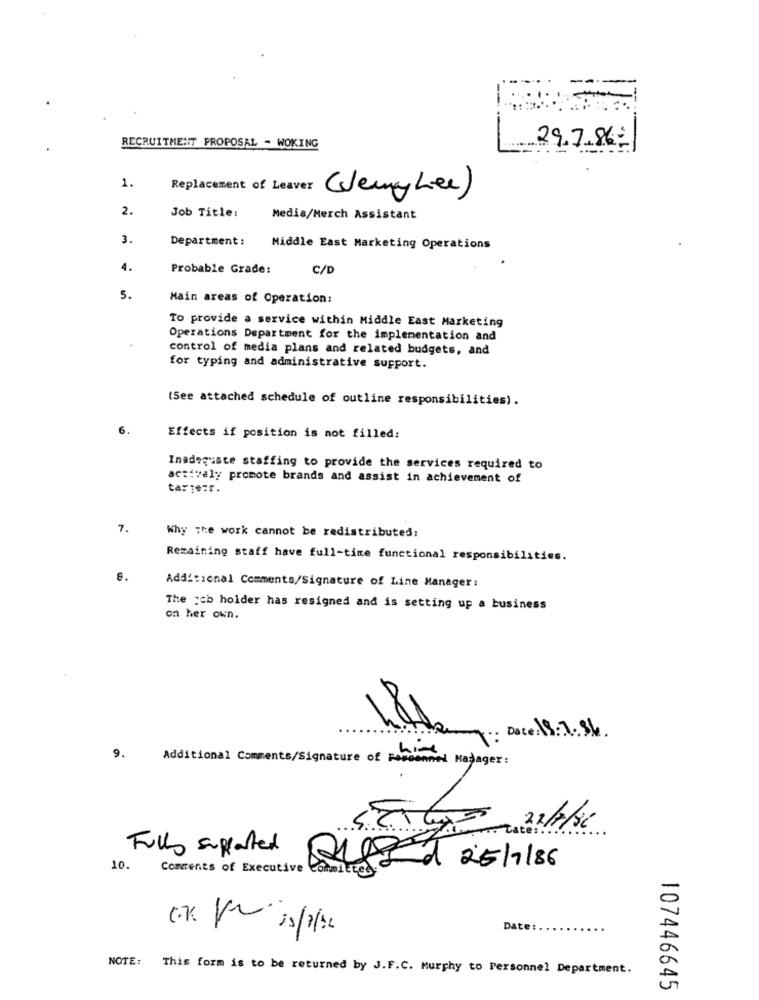
RECRUITMENT PROPOSAL - WOKING
29.7.86
1.
Replacement of Leaver
(Jerry Lee )
2.
Job Title:
Media/Merch Assistant
3.
Department: Middle East Marketing Operations
4.
Probable Grade:
C/D
5.
Main areas of Operation:
To provide a service within Middle East Marketing
Operations Department for the implementation and
control of media plans and related budgets, and
for typing and administrative support.
(See attached schedule of outline responsibilities).
6.
Effects if position is not filled:
Inadequate staffing to provide the services required to
actively promote brands and assist in achievement of
tarje;r.
7.
Why the work cannot be redistributed:
Remaining staff have full-time functional responsibilities.
8.
Additional Comments/Signature of Line Manager:
The pcb holder has resigned and is setting up a business
on her own.
Date: 18: 7. 84.
9.
Additional Comments/Signature of Personnel Manager:
22/7/86
Fully supported
10.
ALEET
25/7/86
Comments of Executive Committed
Date:
NOTE: This form is to be returned by J.F.C. Murphy to Personnel Department.
107446645